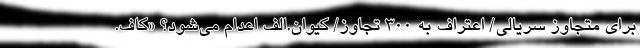
برای متجاوز سریالی/ اعتراف به 300 تجاوز/ کیوان.الف اعدام می‌شود؟ «کاف.